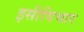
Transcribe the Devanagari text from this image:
इसीविचार